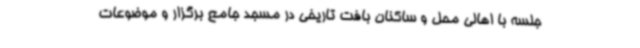
جلسه با اهالی محل و ساکنان بافت تاریخی در مسجد جامع برگزار و موضوعات